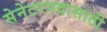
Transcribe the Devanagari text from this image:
सेनेटरपदासाठी